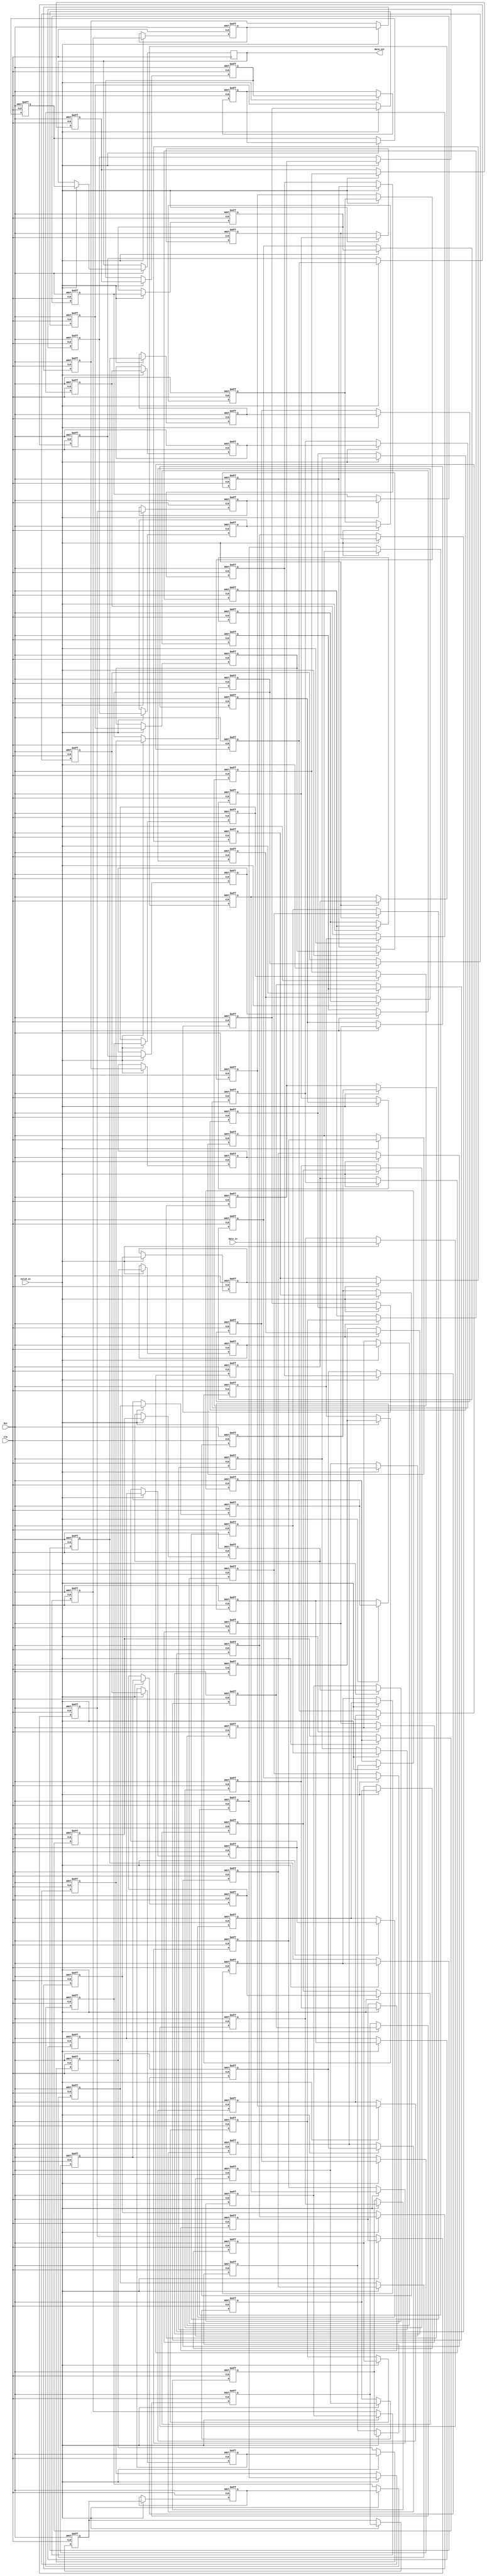
module LineBuffer(data_in, data_out, Clk, valid_in, Rst);
    parameter DATA_WIDTH = 8;
    parameter BUFFER_DEPTH = 97;
    integer i;

    input  Clk, valid_in, Rst;
    input  [DATA_WIDTH - 1:0] data_in;

    output reg [DATA_WIDTH - 1:0] data_out;

	reg [DATA_WIDTH - 1:0] Buffer [BUFFER_DEPTH - 1:0];
	 
    always @ (posedge Clk or negedge Rst) begin
        if (!Rst) begin
            for (i = 0; i < BUFFER_DEPTH; i = i + 1) begin
                Buffer[i] <= 0;
            end
        end else
        if (valid_in) begin
            data_out <= Buffer[BUFFER_DEPTH - 1];
            
            for (i = 1; i < BUFFER_DEPTH; i = i + 1) begin
                Buffer[i] <= Buffer[i - 1];
            end
            
            Buffer[0] <= data_in;
        end else begin
            for (i = 0; i < BUFFER_DEPTH; i = i + 1) begin
                Buffer[i] <= Buffer[i];
            end
        end
	end
endmodule